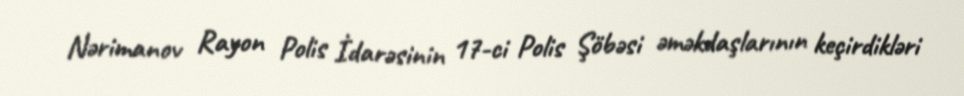
Nərimanov Rayon Polis İdarəsinin 17-ci Polis Şöbəsi əməkdaşlarının keçirdikləri